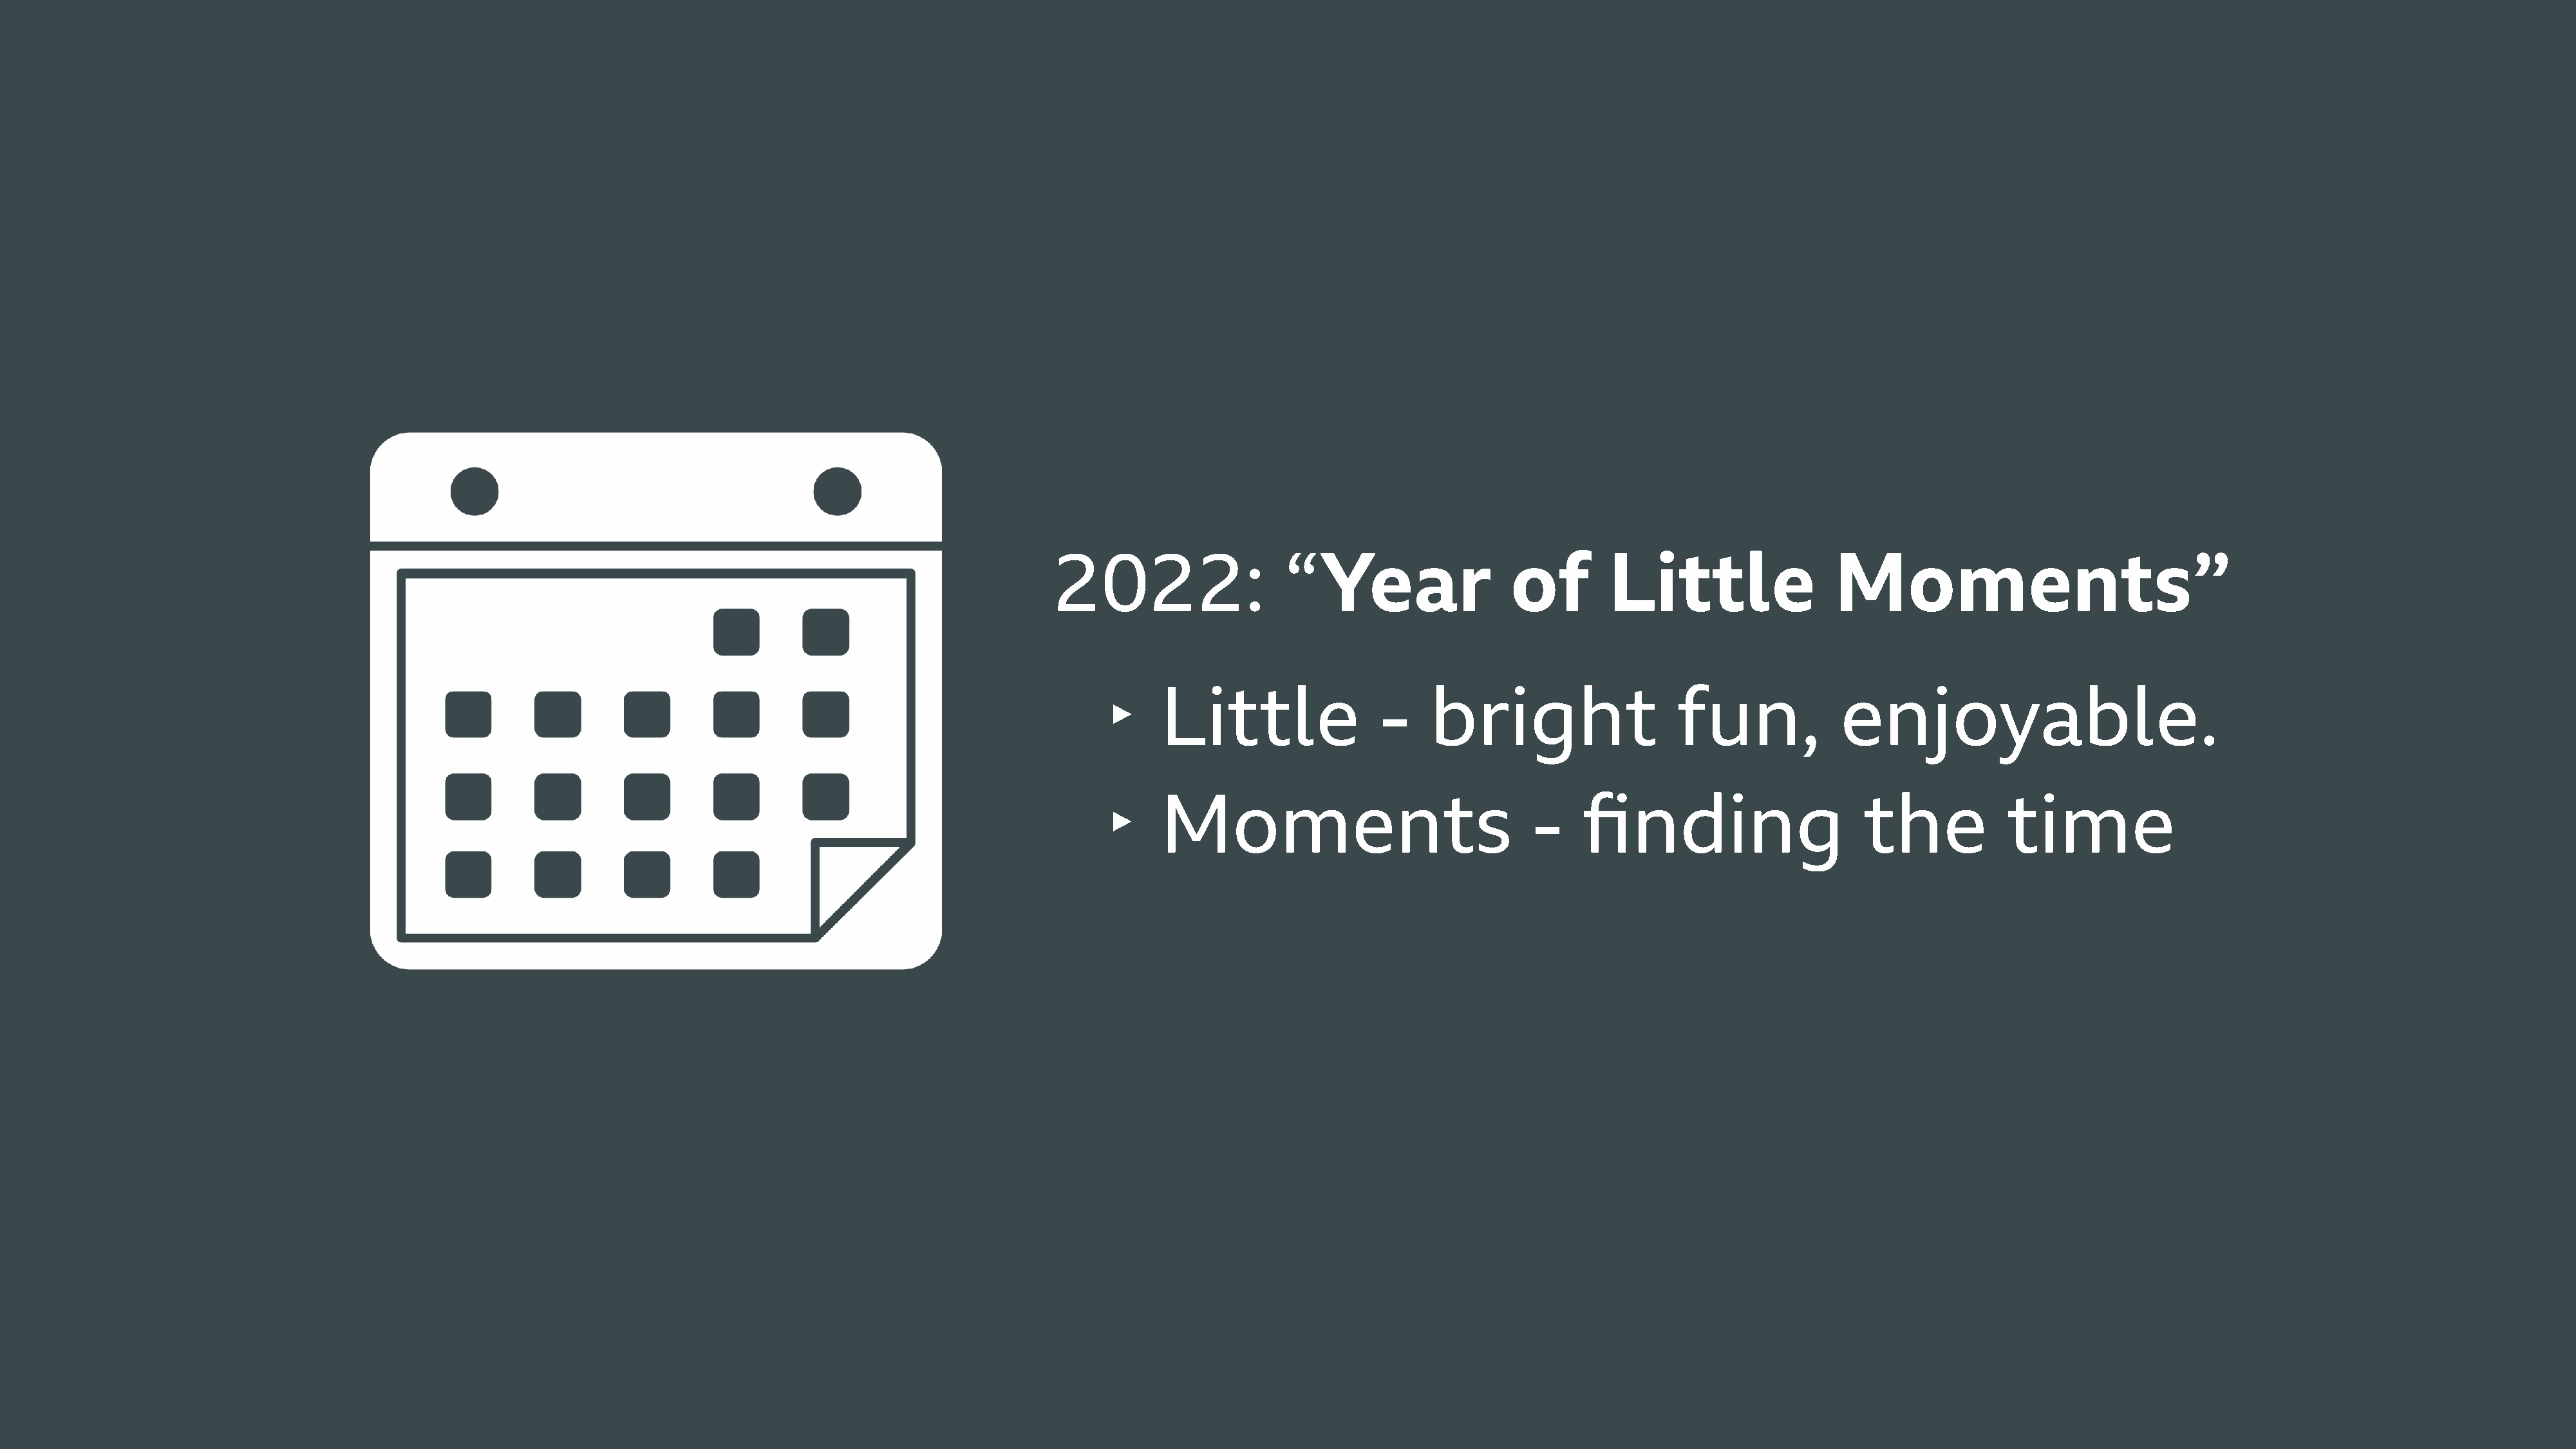
2022:                   “Year                  of        Little                  Moments”
 ‣
 Little                 -    bright                   fun,             enjoyable.
 ‣
 Moments                                -    finding                      the           time